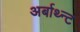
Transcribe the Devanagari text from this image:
अर्बाथ्न्ट